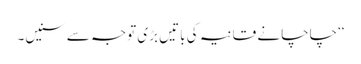
‘‘چاچا نے قانیہ کی باتیں بڑی توجہ سے سنیں۔